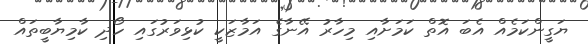
ޔަގީންކަމެއް އެބަ އޮތް ކަމަށާއި މިހާރު އޭނާގެ އަމާޒަކީ ކުޅިވަރުގައި ހޯދި ކާމިޔާބީތައް